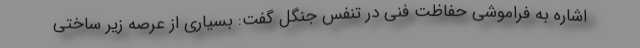
اشاره به فراموشی حفاظت فنی در تنفس جنگل گفت: بسیاری از عرصه زیر ساختی